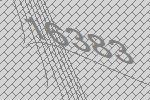
16383